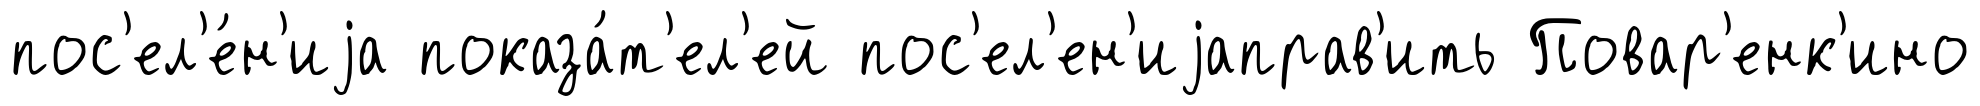
пос'ел'е́н'иjа показа́т'ел'ей пос'ел'ен'иjаправ'ить Повар'енк'ино